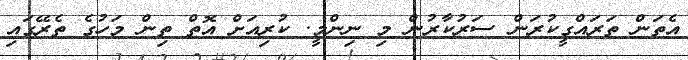
އެތަން ތަރައްގީކުރަން ސަރުކާރުން މި ނިންމީ. ކުރިއަށް އޮތް ތިން މަހުގެ ތެރޭގައި